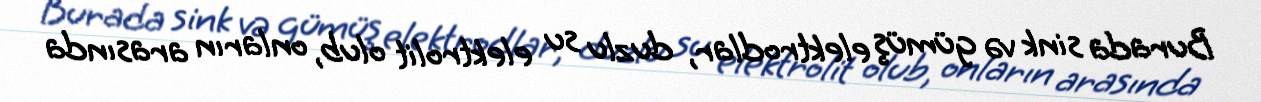
Burada sink və gümüş elektrodlar, duzlu su elektrolit olub, onların arasında